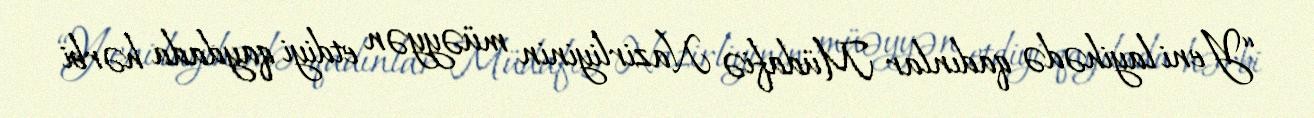
“Yeni layihədə qadınlar Müdafiə Nazirliyinin müəyyən etdiyi qaydada hərbi